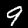
Label: 9